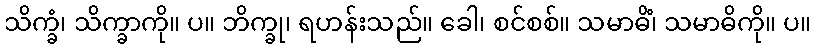
သိက္ခံ၊ သိက္ခာကို။ ပ။ ဘိက္ခု၊ ရဟန်းသည်။ ခေါ၊ စင်စစ်။ သမာဓိံ၊ သမာဓိကို။ ပ။